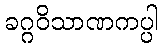
ခဂ္ဂဝိသာဏကပ္ပါ